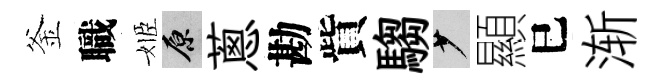
釜職姬原蔥勘貲騶少顯巳渐